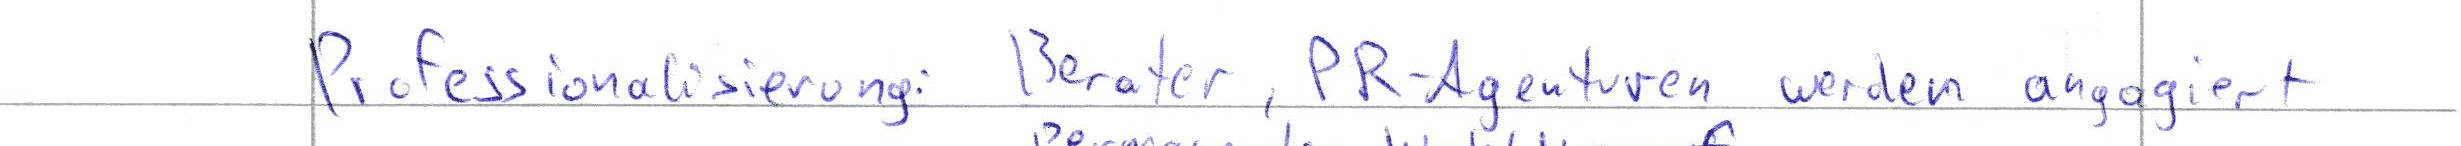
Professionalisierung: Berater, PR-Agenturen werden angagiert